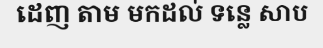
ដេញ តាម មកដល់ ទន្លេ សាប